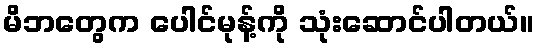
မိဘတွေက ပေါင်မုန့်ကို သုံးဆောင်ပါတယ်။